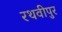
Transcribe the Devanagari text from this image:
रथवीपुर